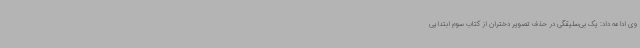
وی ادامه داد: یک بی‌سلیقگی در حذف تصویر دختران از کتاب سوم ابتدایی